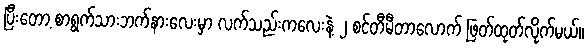
ပြီးတော့ စာရွက်သားဘက်နားလေးမှာ လက်သည်းကလေးနဲ့ ၂ စင်တီမီတာလောက် ဖြတ်ထုတ်လိုက်မယ်။